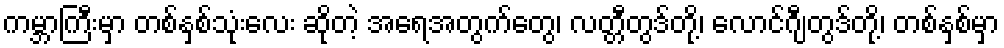
ကမ္ဘာကြီးမှာ တစ်နှစ်သုံးလေး ဆိုတဲ့ အရေအတွက်တွေ၊ လတ္တီတွဒ်တို့၊ လောင်ဂျီတွဒ်တို့၊ တစ်နှစ်မှာ